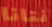
فتانا